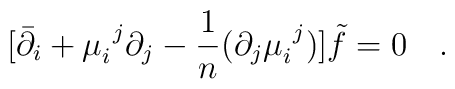
[\bar{\partial}_i + \mu_i^{\ j} \partial_j -{1\over n}  (\partial_j\mu_i^{\ j}) ] \tilde{f} =0\quad.